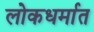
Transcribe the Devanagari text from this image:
लोकधर्मात